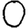
Digit: 0